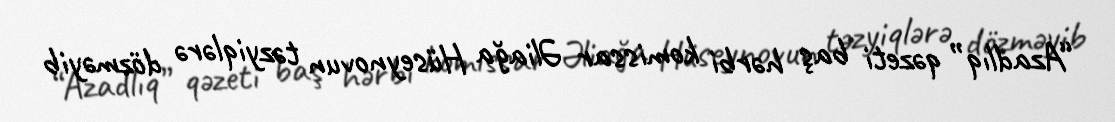
“Azadlıq” qəzeti baş hərbi komissar Əliağa Hüseynovun təzyiqlərə dözməyib